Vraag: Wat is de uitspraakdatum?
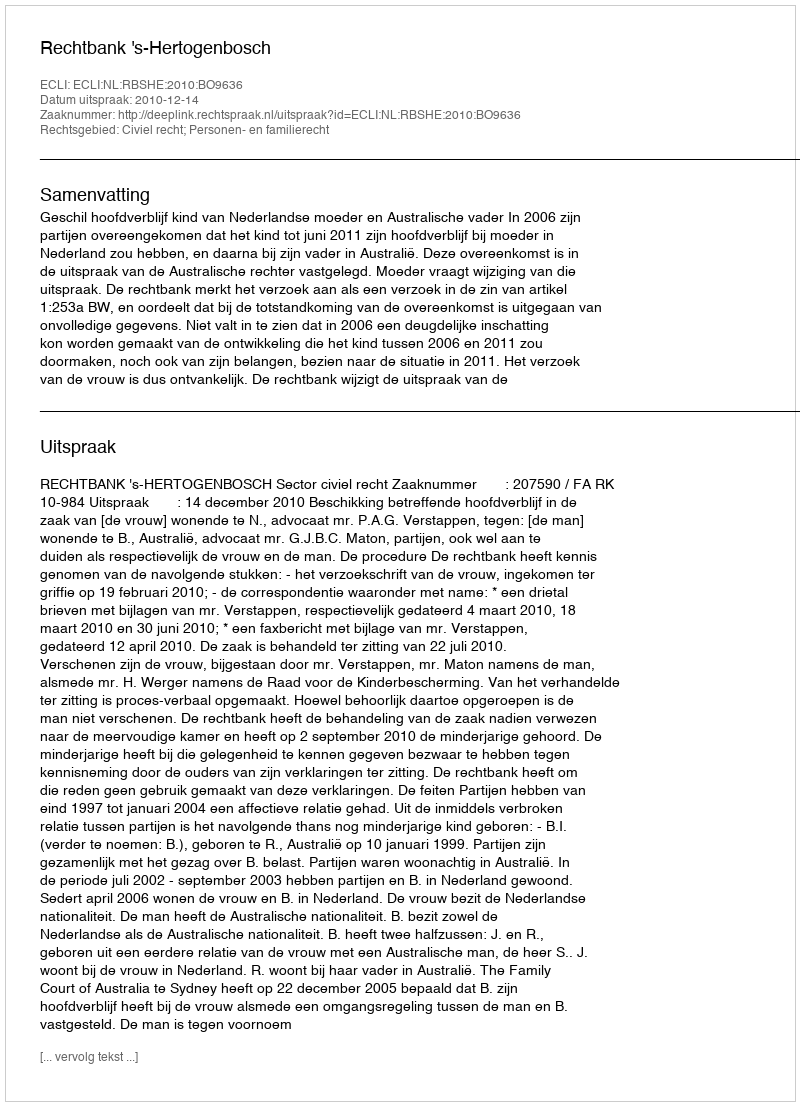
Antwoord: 2010-12-14